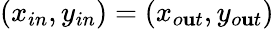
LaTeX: (x_{in},y_{in})=(x_{o\mathbf{u}t},y_{o\mathbf{u}t})